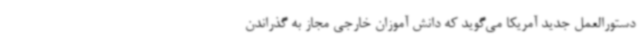
دستورالعمل جدید آمریکا می‌گوید که دانش آموزان خارجی مجاز به گذراندن